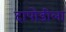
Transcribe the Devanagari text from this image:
दापोडीला